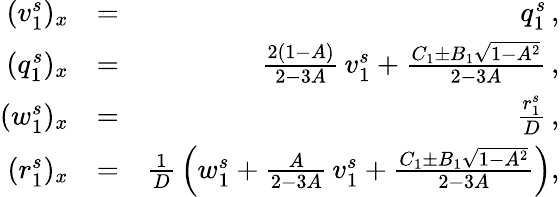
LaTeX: \begin{array}{rlr}{(v_{1}^{s})_{x}}&{=}&{q_{1}^{s}\, ,}\\ {(q_{1}^{s})_{x}}&{=}&{\frac{2(1-A)}{2-3A}\, v_{1}^{s}+\frac{C_{1}\pm B_{1}\sqrt{1-A^{2}}}{2-3A}\, ,}\\ {(w_{1}^{s})_{x}}&{=}&{\frac{r_{1}^{s}}{D}\, ,}\\ {(r_{1}^{s})_{x}}&{=}&{\frac 1D\, \left(w_{1}^{s}+\frac{A}{2-3A}\, v_{1}^{s}+\frac{C_{1}\pm B_{1}\sqrt{1-A^{2}}}{2-3A}\right),}\end{array}